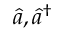
\hat { a } , \hat { a } ^ { \dagger }